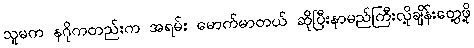
သူမက နဂိုကတည်းက အရမ်း မောက်မာတယ် ဆိုပြီးနာမည်ကြီးလို့ချိန်းတွေ့ဖို့